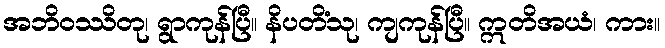
အဘိဝဿိတု၊ ရွာကုန်ပြီ။ နိပတိံသု၊ ကျကုန်ပြီ။ ဣတိအယံ၊ ကား။